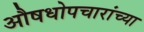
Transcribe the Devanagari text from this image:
औषधोपचारांच्या